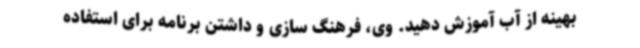
بهینه از آب آموزش دهید. وی، فرهنگ سازی و داشتن برنامه برای استفاده